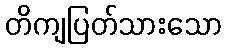
တိကျပြတ်သားသော